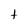
Character: t